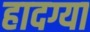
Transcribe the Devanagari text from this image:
हादग्या